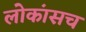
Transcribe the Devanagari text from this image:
लोकांसच